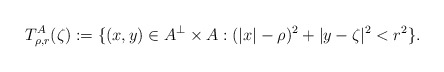
\begin{align*}T^A_{\rho,r}(\zeta):= \{ (x,y) \in A^{\perp} \times A : (|x| - \rho)^2 + |y - \zeta|^2 < r^2\}.\end{align*}